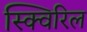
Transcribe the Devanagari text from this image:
स्क्विरिल